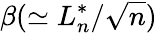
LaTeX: \beta(\simeq L_{n}^{*}/{\sqrt{n}})